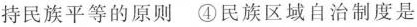
持民族平等的原则 ④民族区域自治制度是